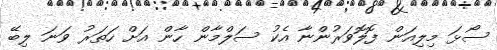
ސޯޅަ މިލިއަން ފޮލޮވަރުންނާ އެކު ސަލްމާން ހާން އަށް ހަތަރު ވަނަ ލިބޭ